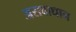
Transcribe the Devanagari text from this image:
असवाधान